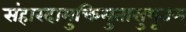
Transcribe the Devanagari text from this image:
संहारदामुक्तिमुतासुभूतम्